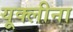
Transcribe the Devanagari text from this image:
यूक्लीना